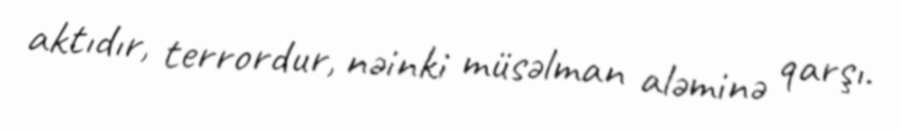
aktıdır, terrordur, nəinki müsəlman aləminə qarşı.